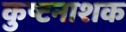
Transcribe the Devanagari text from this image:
कुष्टनाशक